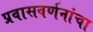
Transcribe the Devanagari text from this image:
प्रवासवर्णनांचा